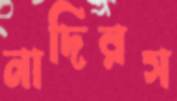
নাদিরস